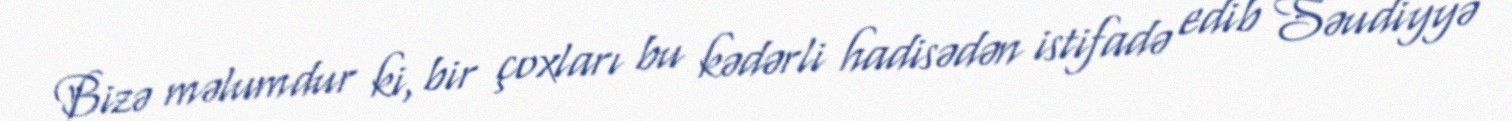
Bizə məlumdur ki, bir çoxları bu kədərli hadisədən istifadə edib Səudiyyə